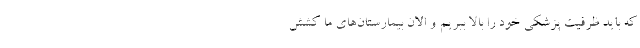
که باید ظرفیت پزشکی خود را بالا ببریم و الان بیمارستان‌های ما کشش